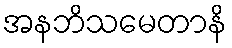
အနဘိသမေတာနိ